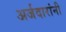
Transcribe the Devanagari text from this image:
अर्जदारांनी